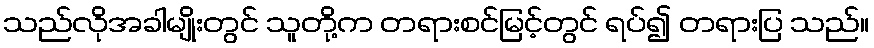
သည်လိုအခါမျိုးတွင် သူတို့က တရားစင်မြင့်တွင် ရပ်၍ တရားပြ သည်။